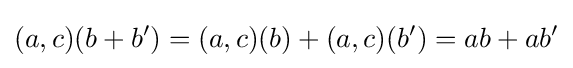
(a,c)(b+b')=(a,c)(b)+(a,c)(b')=ab+ab'